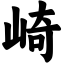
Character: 崎